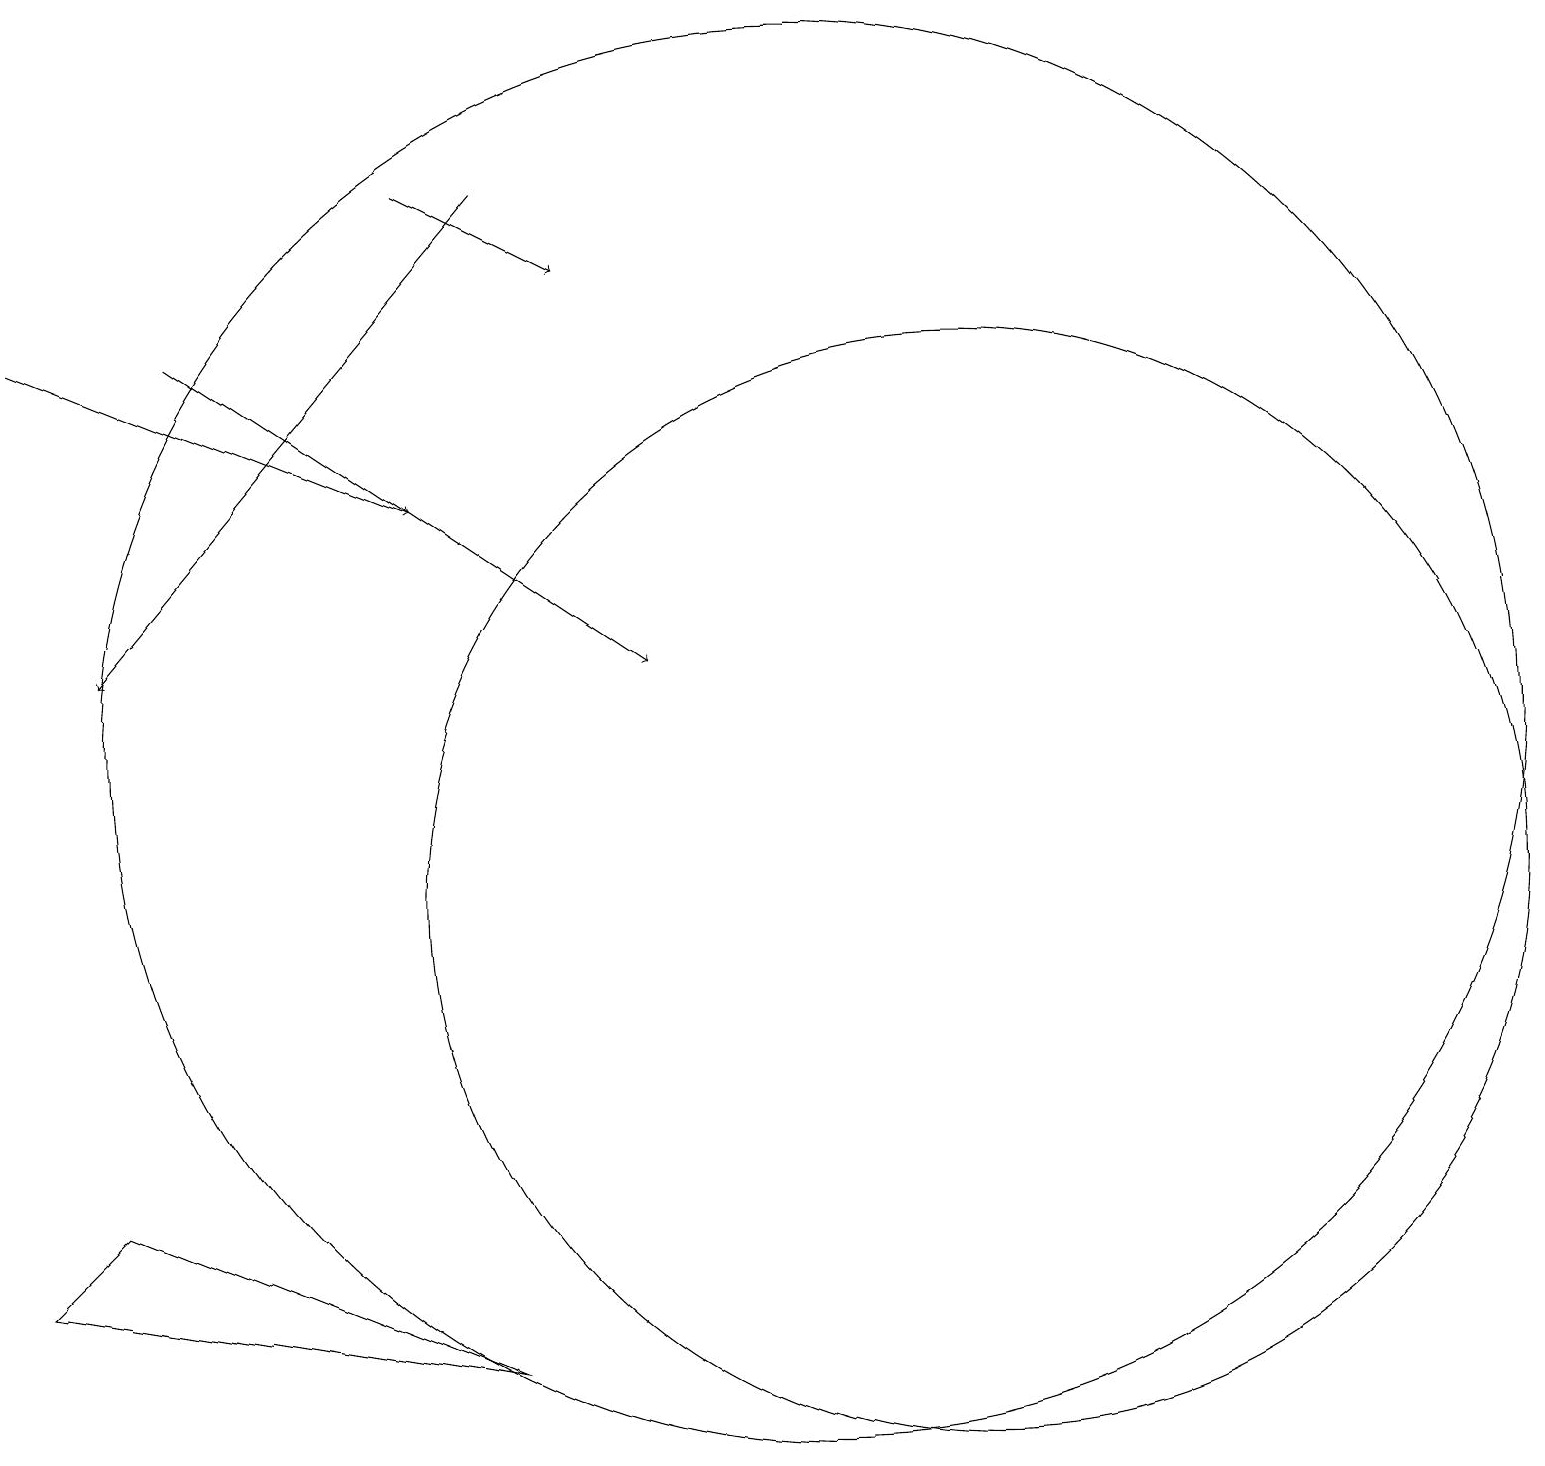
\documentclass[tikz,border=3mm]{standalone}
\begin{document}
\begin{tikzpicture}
\draw[->] (2,17) -- (8,13);
\draw[->] (5,19) -- (7,18);
\draw[->] (6,19) -- (1,13);
\draw (1,6) -- (0,5) -- (6,4) -- cycle;
\draw (10,12) circle (9);
\draw[->] (0,17) -- (5,15);
\draw (12,10) circle (7);
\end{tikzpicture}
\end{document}